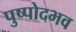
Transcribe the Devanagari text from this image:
पुष्पोदभव